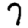
Digit: 7